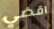
اقضي